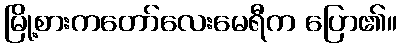
မြို့စားကတော်လေးမေရီက ပြော၏။